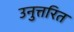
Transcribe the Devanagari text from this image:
उनुत्तरित